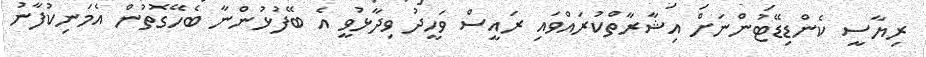
ރިޔާސީ ކެންޑިޑޭޓުންނަށް އިޝާރާތްކުރައްވައި ރައީސް ވަހީދު ވިދާޅުވީ އެ ބޭފުޅުންނާ ބެހޭގޮތުން އެމަނިކުފާނު